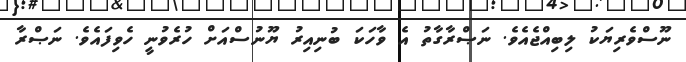
ނޫސްވެރިޔަކު ލިބިއްޖެއެވެ. ނަޞްރާގާތު އެ ވާހަކަ ބުނިއިރު ޔޫނުސްއަށް ހުރެވުނީ ހެވިފައެވެ. ނަޞްރާ